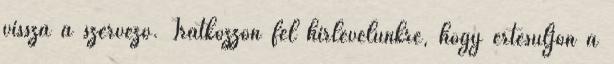
vissza a szervező. Iratkozzon fel hírlevelünkre, hogy értesüljön a